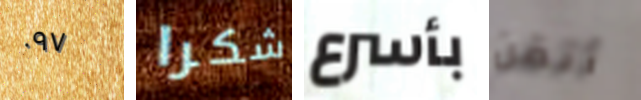
٠٩٧ شكرا بأسرع أتقن